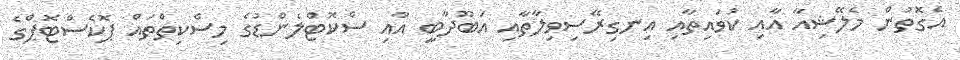
އެގޮތުން މެލޭޝިއާ އާއި ކުވައިތާއި އިނގިރޭސިވިލާތާއި އަބޫދާބީ އާއި ސްކޮޓްލެންޑުގެ މިސްކިތްތައް ޕޮކެސްޓޮޕްގެ